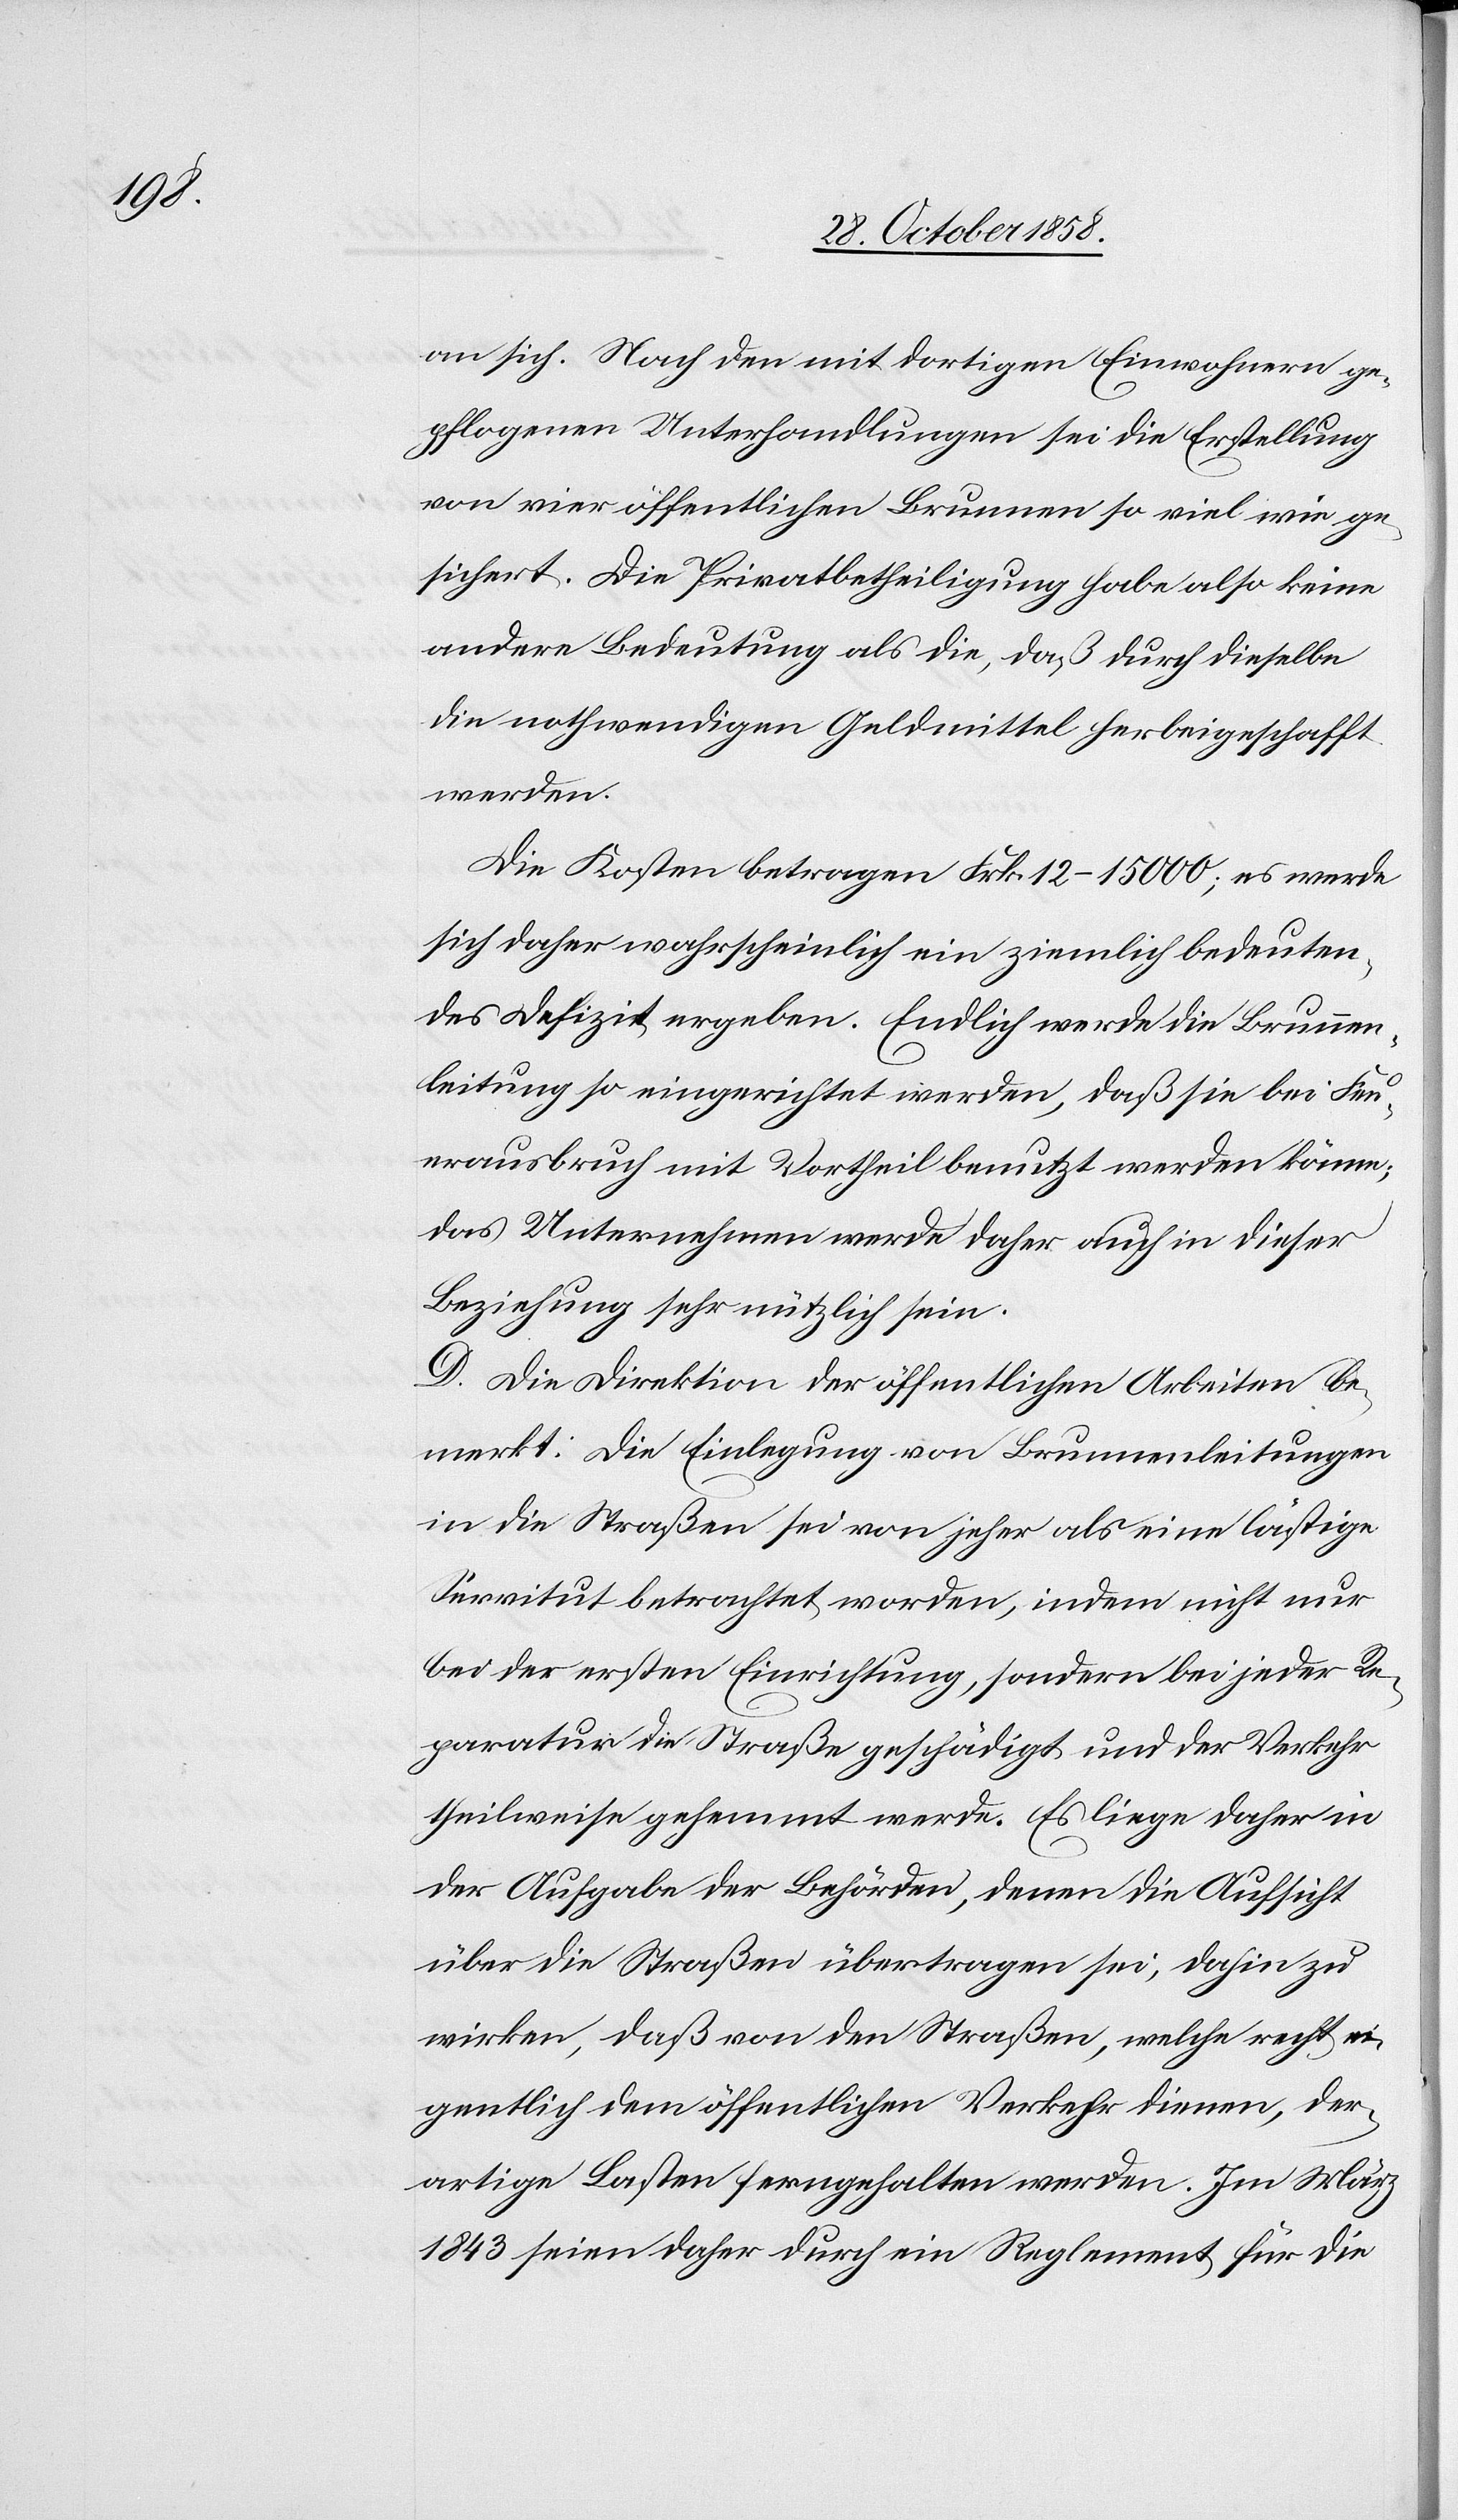
an sich. Nach den mit dortigen Einwohnern ge¬
pflogenen Unterhandlungen sei die Erstellung
von vier öffentlichen Brunnen so viel wie ge¬
sichert. Die Privatbetheiligung habe also keine
andere Bedeutung als die, daß durch dieselbe
die nothwendigen Geldmittel herbeigeschafft
werden.
Die Kosten betragen Frk. 12–15 000; es werde
sich daher wahrscheinlich ein ziemlich bedeuten¬
des Defizit ergeben. Endlich werde die Brunnen¬
leitung so eingerichtet werden, daß sie bei Feu¬
erausbruch mit Vortheil benutzt werden könne;
das Unternehmen werde daher auch in dieser
Beziehung sehr nützlich sein.
D. Die Direktion der öffentlichen Arbeiten be¬
merkt: Die Einlegung von Brunnenleitungen
in die Straßen sei von jeher als eine lästige
Servitut betrachtet worden, indem nicht nur
bei der ersten Einrichtung, sondern bei jeder Re¬
paratur die Straße geschädigt und der Verkehr
theilweise gehemmt werde. Es liege daher in
der Aufgabe der Behörden, denen die Aufsicht
über die Straßen übertragen sei, dahin zu
wirken, daß von den Straßen, welche recht ei¬
gentlich dem öffentlichen Verkehr dienen, der¬
artige Lasten ferngehalten werden. Im März
1843 seien daher durch ein Reglement für die